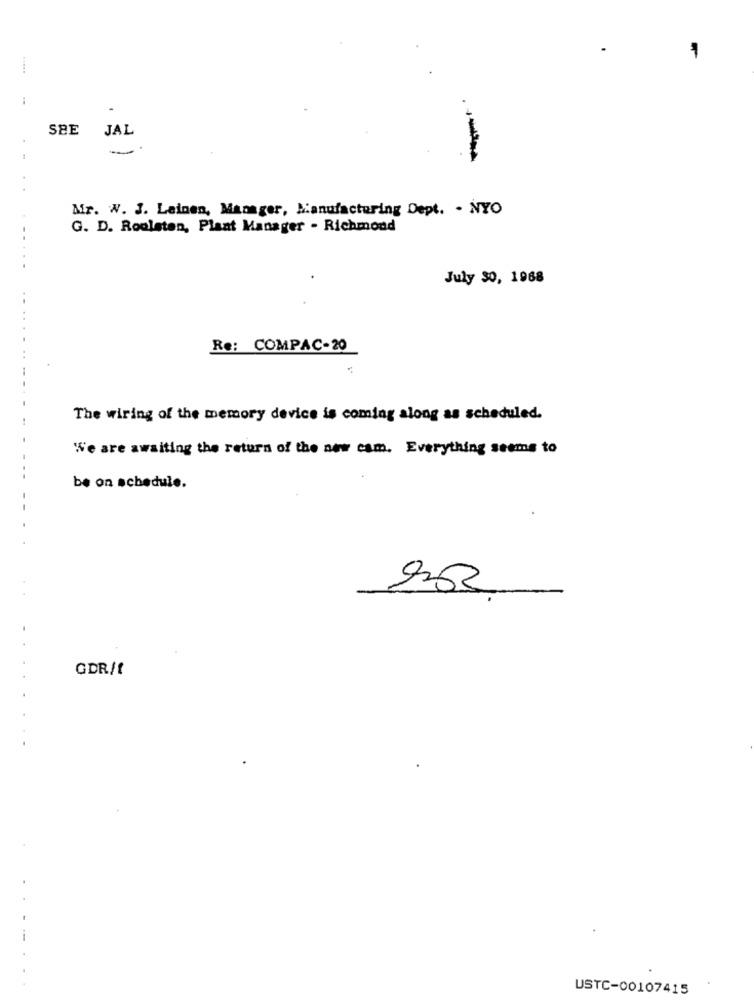
1
SEE
JAL
Mr. W. J. Lainen, Manager, Manufacturing Dept. . NYO
G. D. Roolsten, Plant Manager - Richmond
July 30, 1968
Re: COMPAC-20
The wiring of the memory device is coming along as scheduled.
We are awaiting the return of the new cam. Everything seems to
be on schedule.
GDR/t
USTC-00107415